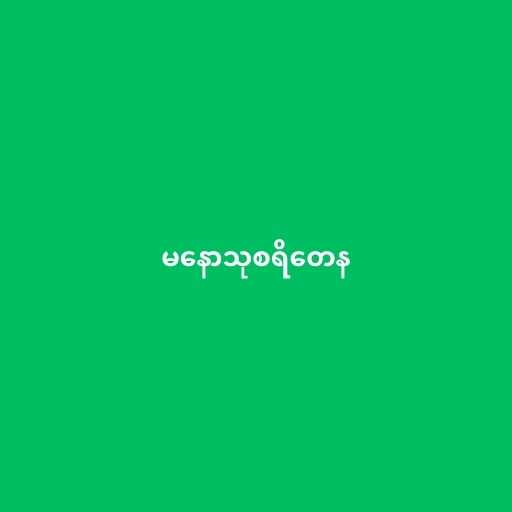
မနောသုစရိတေန